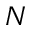
N